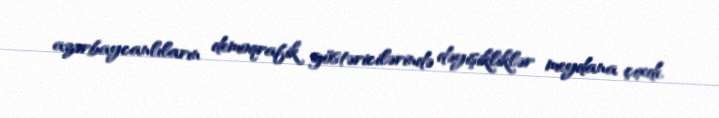
azərbaycanlıların demoqrafik göstəricilərində dəyişikliklər meydana çıxdı.